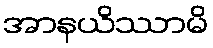
အာနယိဿာမိ